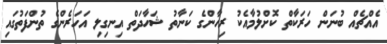
އެއްޗެއް ބުނަން ހަރަކާތް ކޮށްލުމާއެކު ރިހާންގެ ކަނާތު ޝަހާދަތް އިނގިލި އަހަރެންގެ ތުންފަތުގައި